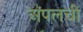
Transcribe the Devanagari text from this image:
अॅपलची